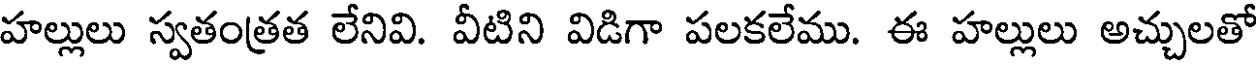
హల్లులు స్వతంత్రత లేనివి. వీటిని విడిగా పలకలేము. ఈ హల్లులు అచ్చులతో